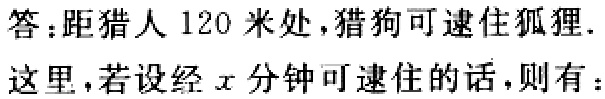
答：距猎人 120 米处，猎狗可逮住狐狸.
这里，若设经\(x\)分钟可逮住的话，则有：